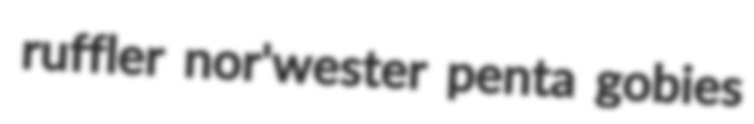
ruffler nor'wester penta gobies